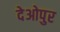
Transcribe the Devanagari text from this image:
देओपुर